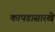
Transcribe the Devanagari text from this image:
कापडासारखे